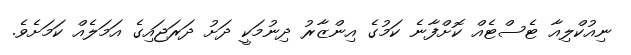
ނިއުކްލިއާ ޓެސްޓެއް ކޮށްފާނެ ކަމުގެ އިންޒާރު ދިނުމަކީ ދަށު ދަރަޖައިގެ އަމަލެއް ކަމަށެވެ.